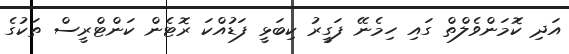
އަދި ކޮަަމަންވެލްތް ގައި ހިމެނޭ ފަގީރު ކިބަޅީ ފަޑުއްކަ ރޮޓެން ކަންޓްރީސް ތަކުގެ